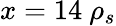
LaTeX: x=14\ \rho_{s}